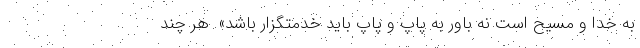
به خدا و مسیح است نه باور به پاپ و پاپ باید خدمتگزار باشد». هر چند